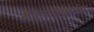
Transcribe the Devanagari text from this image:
कीटनाशकांचा